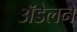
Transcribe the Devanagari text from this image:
अॅडेलने